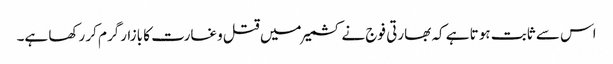
اس سے ثابت ہوتا ہے کہ بھارتی فوج نے کشمیر میں قتل وغارت کا بازارگرم کر رکھا ہے۔